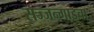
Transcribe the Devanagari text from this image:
सज्जन्गाडचा